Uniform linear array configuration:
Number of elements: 48
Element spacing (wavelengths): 0.25
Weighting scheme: binomial
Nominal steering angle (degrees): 30
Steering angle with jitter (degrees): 29.462
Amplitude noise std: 0.05
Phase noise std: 0.05

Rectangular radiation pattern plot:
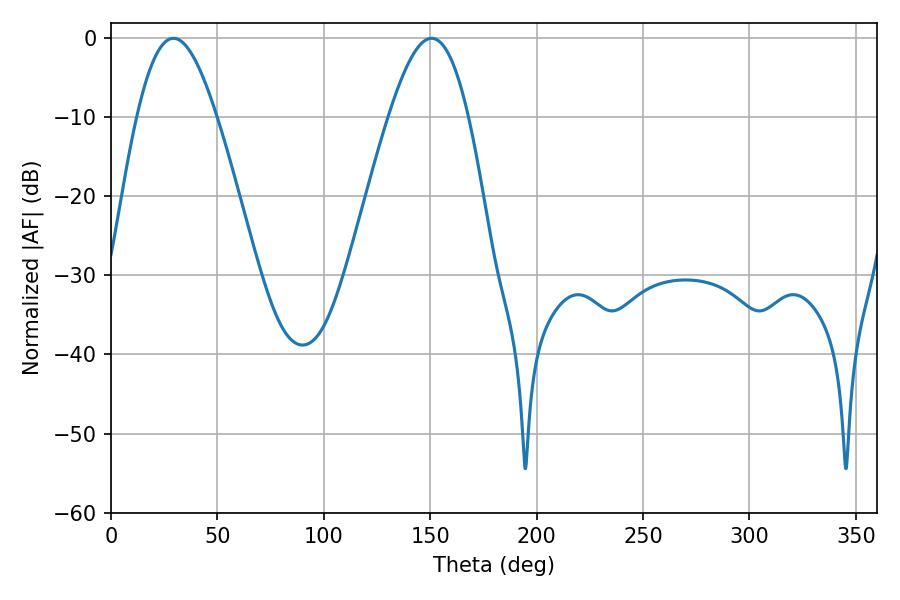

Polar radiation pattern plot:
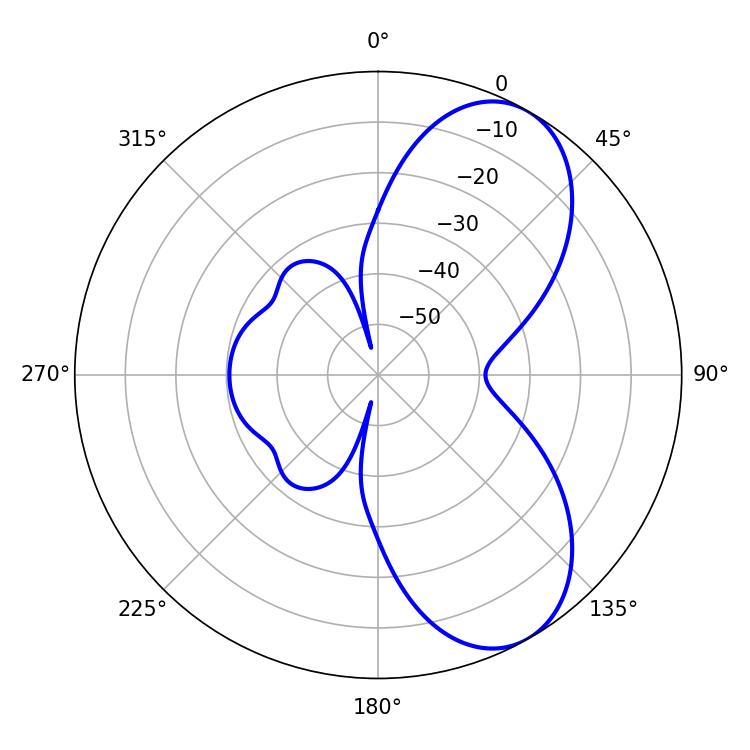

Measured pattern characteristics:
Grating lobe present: FALSE
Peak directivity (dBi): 7.19
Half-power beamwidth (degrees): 20.16
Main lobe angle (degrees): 150.66